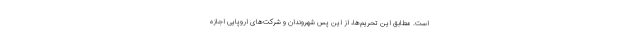
است. مطابق این تحریم‌ها، از این پس شهروندان و شرکت‌های اروپایی اجازه